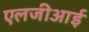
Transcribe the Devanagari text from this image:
एलजीआई